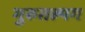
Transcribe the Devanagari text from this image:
गुरुतल्पग